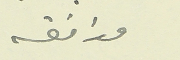
موافقه